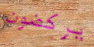
يركضون